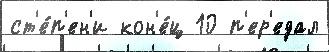
ст'е́п'ен'и кон'е́ц 10 п'ер'едал